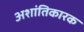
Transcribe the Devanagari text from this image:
अशांतिकारक